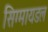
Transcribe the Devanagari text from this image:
सिग्मायडल